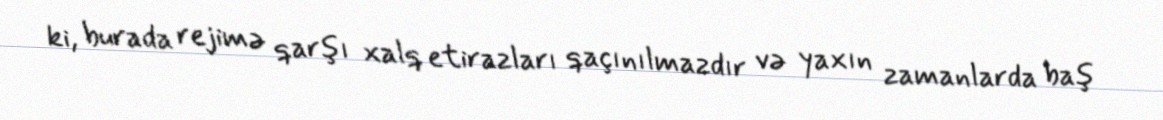
ki, burada rejimə qarşı xalq etirazları qaçınılmazdır və yaxın zamanlarda baş